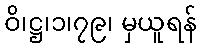
ဝိ၊ဋ္ဌ၊၁၊၇၉၊ မှယူရန်